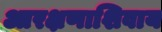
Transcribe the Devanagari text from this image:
आरक्षणाशिवाय